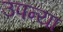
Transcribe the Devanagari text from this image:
उपन्या